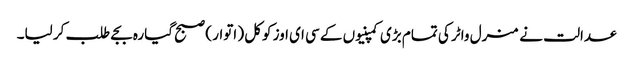
عدالت نے منرل واٹر کی تمام بڑی کمپنیوں کے سی ای اوز کوکل ( اتوار ) صبح گیارہ بجے طلب کر لیا۔